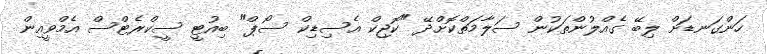
ހަންގަނޑަށް ލިބޭ ގެއްލުންތަކުން ސަލާމަތްކޮށްދޭ "ކޮޖިކް އެސިޑިކް ސޯޕް" ބިއުޓީ ސީކްރެޓްސް އެމްވީއިން